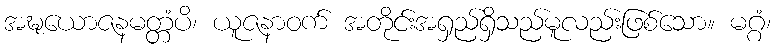
အဍ္ဎယောဇနမတ္တံပိ၊ ယူဇနာဝက် အတိုင်းအရှည်ရှိသည်မူလည်းဖြစ်သော။ မဂ္ဂံ၊